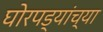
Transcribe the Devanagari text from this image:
घोरपड्यांच्या